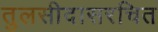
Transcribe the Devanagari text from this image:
तुलसीदासरचित